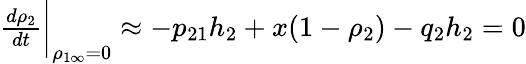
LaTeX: \begin{array}{r}{\frac{d\rho_{2}}{dt}\bigg|_{\rho_{1\infty}=0}\approx-p_{21}h_{2}+x(1-\rho_{2})-q_{2}h_{2}=0}\end{array}